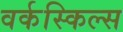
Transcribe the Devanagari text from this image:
वर्कस्किल्स